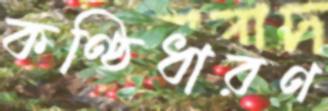
কণ্ঠিধারণ